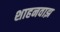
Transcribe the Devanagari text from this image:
शाहनवाझ